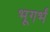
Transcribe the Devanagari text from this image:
भूगर्भं